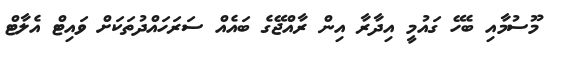
މޫސުމާއި ބެހޭ ގައުމީ އިދާރާ އިން ރާއްޖޭގެ ބައެއް ސަރަހައްދުތަކަށް ވައިޓް އެލާޓް